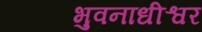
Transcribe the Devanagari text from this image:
भुवनाधीश्वर